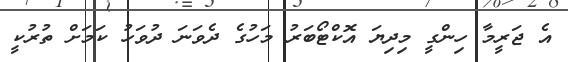
އެ ޖަރީމާ ހިންގީ މިދިޔަ އޮކްޓޯބަރު މަހުގެ ދެވަނަ ދުވަހު ކަމަށް ތުރުކީ